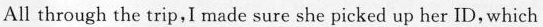
All through the trip,I made sure she picked up her ID, which